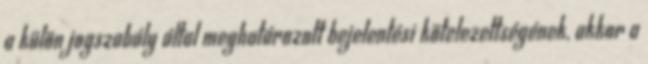
a külön jogszabály által meghatározott bejelentési kötelezettségének, akkor a